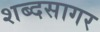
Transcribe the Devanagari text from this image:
शब्‍दसागर